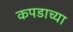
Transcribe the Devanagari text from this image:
कपडाच्या